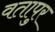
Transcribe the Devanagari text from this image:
वतापुर